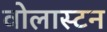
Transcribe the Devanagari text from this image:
वोलास्टन